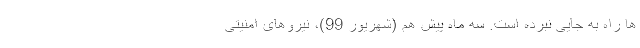
ها راه به جایی نبرده است. سه ماه پیش هم (شهریور 99)، نیرو‌های امنیتی